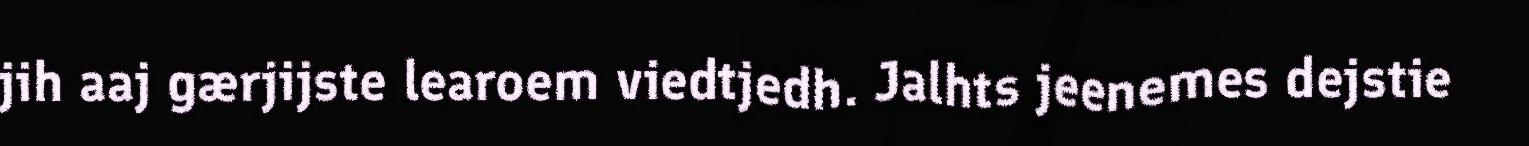
jih aaj gærjijste learoem viedtjedh. Jalhts jeenemes dejstie